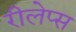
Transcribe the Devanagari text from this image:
रीलेप्स